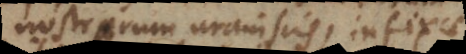
nostrorum uraniscis, infixae